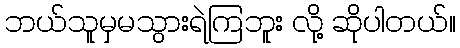
ဘယ်သူမှမသွားရဲကြဘူး လို့ ဆိုပါတယ်။